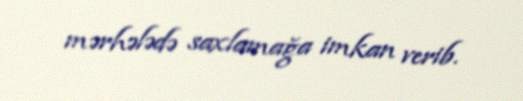
mərhələdə saxlamağa imkan verib.